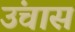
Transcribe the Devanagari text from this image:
उंचास